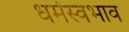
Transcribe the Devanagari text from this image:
धर्मस्वभाव